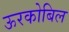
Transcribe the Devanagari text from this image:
ऊरकोबिल